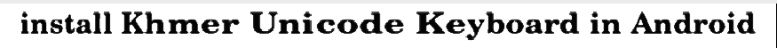
install Khmer Unicode Keyboard in Android